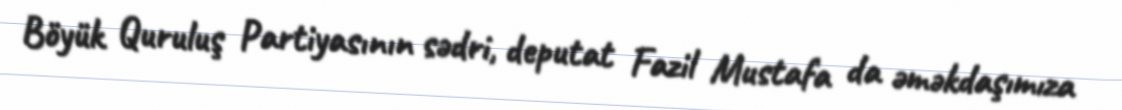
Böyük Quruluş Partiyasının sədri, deputat Fazil Mustafa da əməkdaşımıza